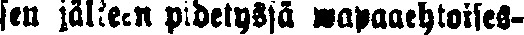
sen jälkeen pidetyssä wapaaehtoises-